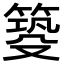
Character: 𥰺